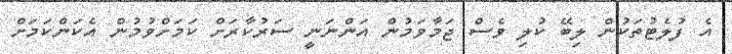
އެ ފުލެޓުތަކުން ލިބޭ ކުލި ވެސް ޖަމާވަމުން އަންނަނީ ސަރުކާރަށް ކަމަށްވުމުން އެކަންކަމަށް